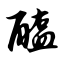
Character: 醢